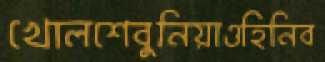
খোলশেবুনিয়াওহিনিব